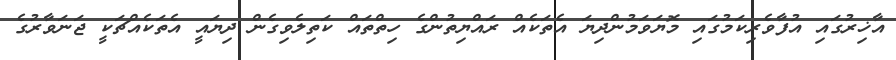
އާޚިރުގައި އުފާވެރިކަމުގައި މޮޔަވަމުންދިޔަ އެތަކެއް ރައްޔިތުންގެ ހިތްތައް ކަތިލެވިގެން ދިޔައީ އެތަކެއްޗަކީ ޖަނަވާރުގެ